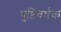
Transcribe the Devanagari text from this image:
पुष्टिवर्धक